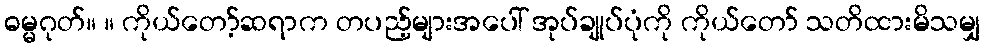
ဓမ္မဂုတ်။ ။ ကိုယ်တော့်ဆရာက တပည့်များအပေါ် အုပ်ချုပ်ပုံကို ကိုယ်တော် သတိထားမိသမျှ